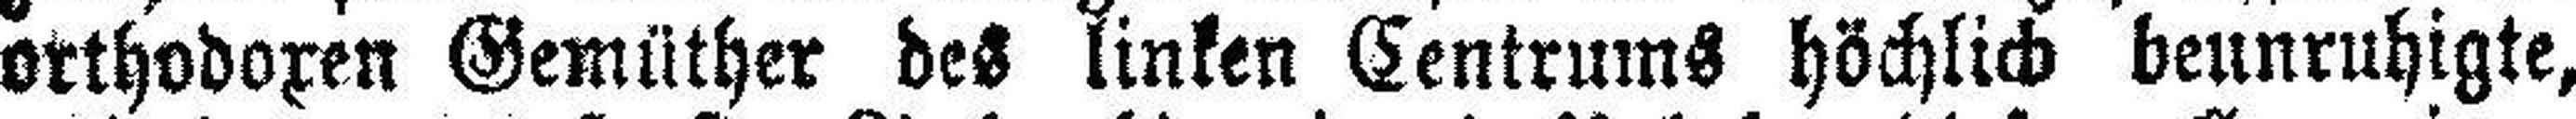
orthodoxen Gemüther des linken Centrums höchlich beunruhigte,